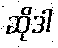
ဆိုဒါ